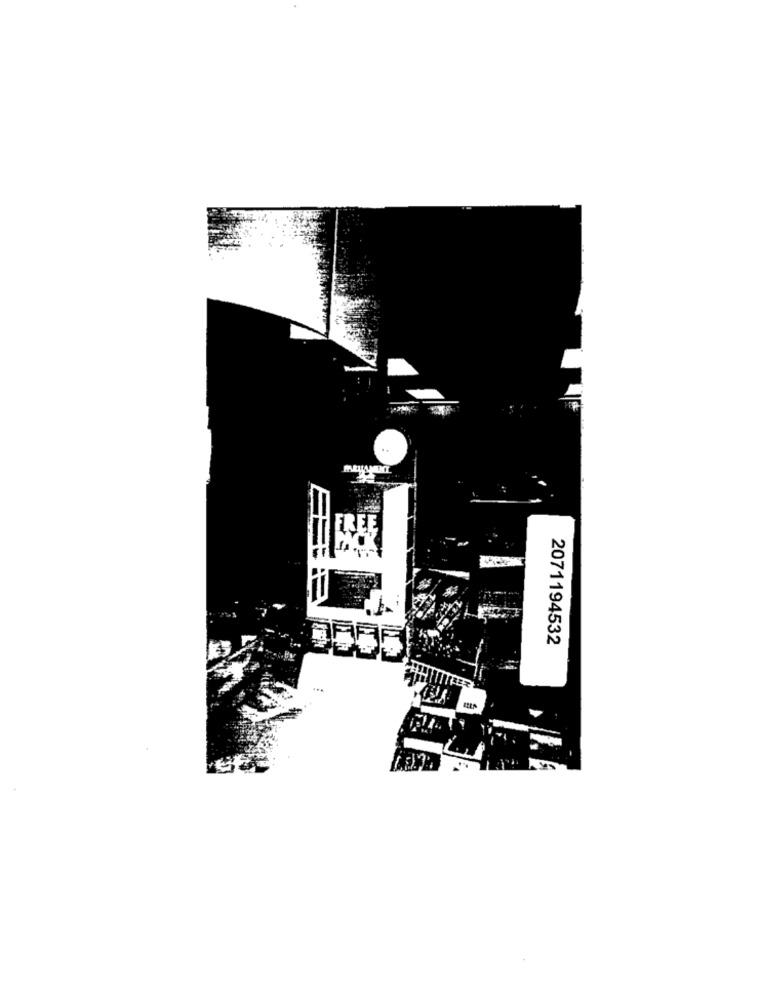
..
2071194532